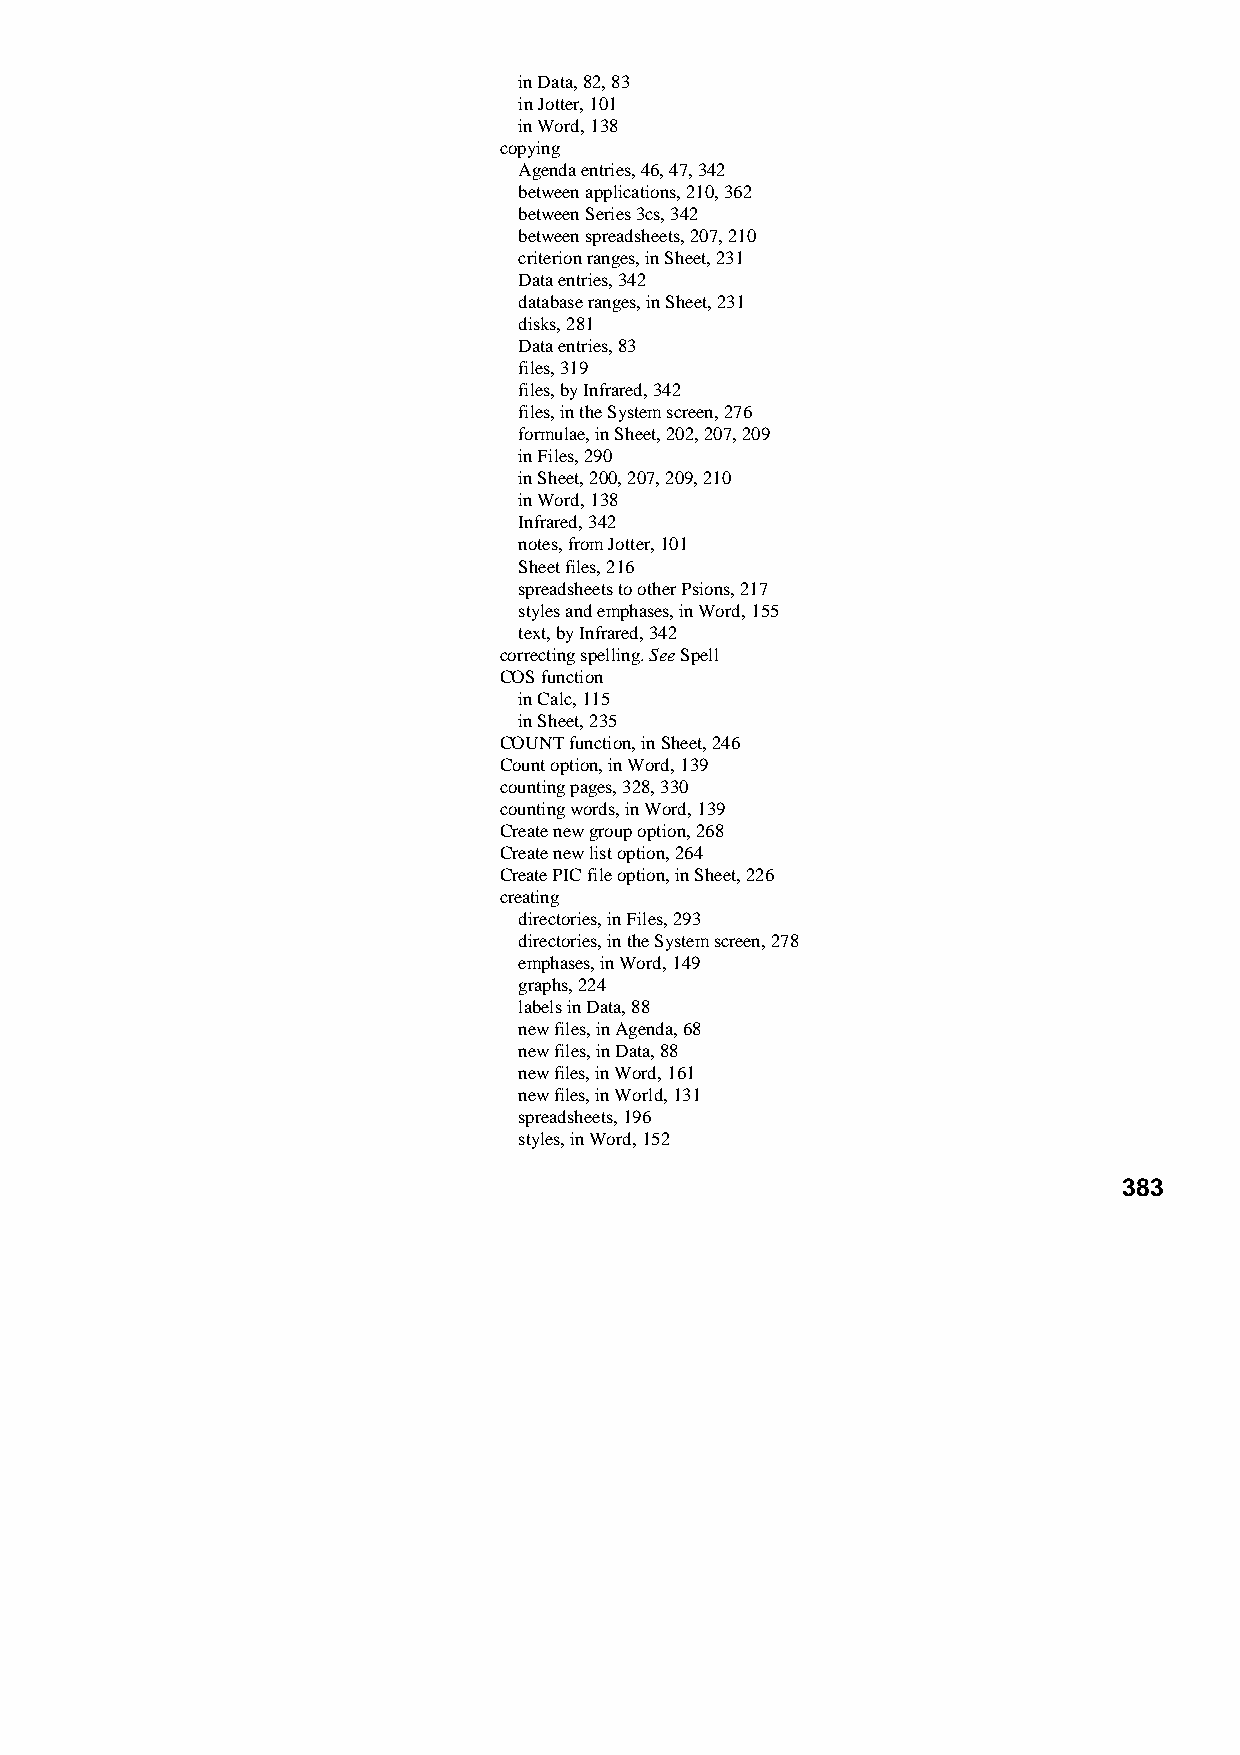
in Data, 82, 83
 in Jotter, 101
 in Word, 138
 copying
 Agenda entries, 46, 47, 342
 between applications, 210, 362
 between Series 3cs, 342
 between spreadsheets, 207, 210
 criterion ranges, in Sheet, 231
 Data entries, 342
 database ranges, in Sheet, 231
 disks, 281
 Data entries, 83
 files, 319
 files, by Infrared, 342
 files, in the System screen, 276
 formulae, in Sheet, 202, 207, 209
 in Files, 290
 in Sheet, 200, 207, 209, 210
 in Word, 138
 Infrared, 342
 notes, from Jotter, 101
 Sheet files, 216
 spreadsheets to other Psions, 217
 styles and emphases, in Word, 155
 text, by Infrared, 342
 correcting spelling. See Spell
 COS function
 in Calc, 115
 in Sheet, 235
 COUNT function, in Sheet, 246
 Count option, in Word, 139
 counting pages, 328, 330
 counting words, in Word, 139
 Create new group option, 268
 Create new list option, 264
 Create PIC file option, in Sheet, 226
 creating
 directories, in Files, 293
 directories, in the System screen, 278
 emphases, in Word, 149
 graphs, 224
 labels in Data, 88
 new files, in Agenda, 68
 new files, in Data, 88
 new files, in Word, 161
 new files, in World, 131
 spreadsheets, 196
 styles, in Word, 152
 383